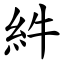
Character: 䋅